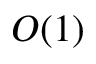
O ( 1 )